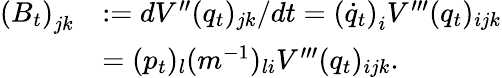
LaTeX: \begin{array}{rl}{\left(B_{t}\right)_{jk}}&{:=dV^{\prime\prime}(q_{t})_{jk}/dt=\left(\dot{q}_{t}\right)_{i}V^{\prime\prime\prime}(q_{t})_{ijk}}\\ &{=(p_{t})_{l}(m^{-1})_{li}V^{\prime\prime\prime}(q_{t})_{ijk}.}\end{array}